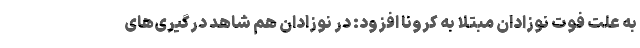
به علت فوت نوزادان مبتلا به کرونا افزود: در نوزادان هم شاهد درگیری‌های